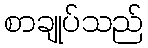
စာချုပ်သည်